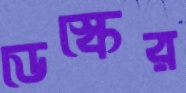
ডেস্কের